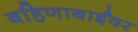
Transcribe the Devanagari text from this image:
बहिणाबाईंवर